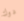
دوك